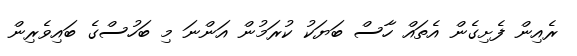
ރެއިން ފެށިގެން އެތައް ހާސް ބަޔަކު ކުރަމުން އަންނަ މި ބަހުސްގެ ބައިވެރިން